Report on horse surra - Volume II, Part II
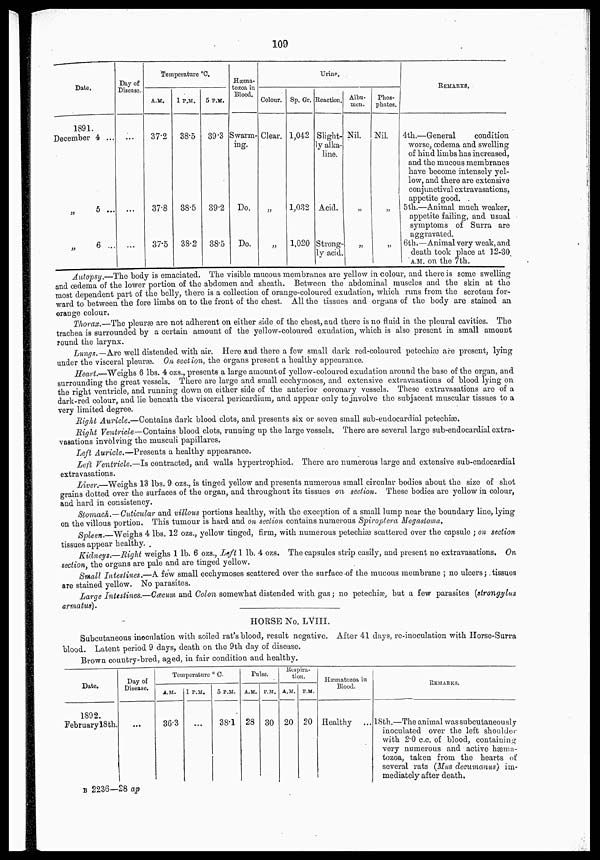
109
Date.
1891.
December 4 ...
„
5 ...
„
6 ...
Day of
Disease..
...
...
Temperature °C.
A.M.
37.2
37.8
37.5
1 P.M.
38.5
38.5
38.2
5 P.M.
39.3
39.2
38.5
Hæma-
tozoa in
Blood.
Swarm-
ing.
Do.
Do.
Urine.
Colour.
Clear.
„
„
Sp. Gr.
1,042
1,032
1,020
Reaction.
Slight-
ly alka-
line.
Acid.
Strong-
ly acid .
Albu-
men.
Nil.
„
„
Phos-
phates.
Nil.
„
„
REMARKS.
4th.—General
condition
worse, œdema and swelling
of hind limbs has increased,
and the mucous membranes
have become intensely yel-
low, and there are extensive
conjunctival extravasations,
appetite good.
5th.—Animal much weaker,
appetite failing, and usual
symptoms of Surra are
aggravated.
6th.—Animal very weak, and
death took place at 12-30
A.M. on the 7th.
Autopsy.—The body is emaciated. The visible mucous membranes are yellow in colour, and there is some swelling
and œdema of the lower portion of the abdomen and sheath. Between the abdominal muscles and the skin at the
most dependent part of the belly, there is a collection of orange-coloured exudation, which runs from the scrotum for-
ward to between the fore limbs on to the front of the chest. All the tissues and organs of the body are stained an
orange colour.
Thorax.—The pleuræ are not adherent on either side of the chest, and there is no fluid in the pleural cavities. The
trachea is surrounded by a certain amount of the yellow-coloured exudation, which is also present in small amount
round the larynx.
Lungs. —Are well distended with air. Here and there a few small dark red-coloured petechiæ are present, lying
under the visceral pleuræ. On section, the organs present a healthy appearance.
Heart.—Weighs 6 lbs. 4 ozs., presents a large amount of yellow-coloured exudation around the base of the organ, and
surrounding the great vessels. There are large and small ecchymoses, and extensive extravasations of blood lying on
the right ventricle, and running down on either side of the anterior coronary vessels. These extravasations are of a
dark-red colour, and lie beneath the visceral pericardium, and appear only to involve the subjacent muscular tissues to a
very limited degree.
Right Auricle.—Contains dark blood clots, and presents six or seven small sub-endocardial petechiæ.
Right Ventricle—Contains blood clots, running up the large vessels. There are several large sub-endocardial extra-
vasations involving the musculi papillares,
Left Auricle.—Presents a healthy appearance.
Left Ventricle.—Is contracted, and walls hypertrophied. There are numerous large and extensive sub-endocardial
extravasations.
Liver.—Weighs 13 lbs, 9 ozs., is tinged yellow and presents numerous small circular bodies about the size of shot
grains dotted over the surfaces of the organ, and throughout its tissues on section. These bodies are yellow in colour,
and hard in consistency.
Stomach.—Cuticular and villous portions healthy, with the exception of a small lump near the boundary line, lying
on the villous portion. This tumour is hard and on section contains numerous Spiroptera Megastoma.
Spleen.—Weighs 4 lbs. 12 ozs., yellow tinged, firm, with numerous petechiæ scattered over the capsule ; on section
tissues appear healthy.
Kidneys.—Right weighs 1 lb. 6 ozs., Left 1 lb. 4 ozs. The capsules strip easily, and present no extravasations. On
section, the organs are pale and are tinged yellow.
Small Intestines.—A few small ecchymoses scattered over the surface-of the mucous membrane ; no ulcers; tissues
are stained yellow. No parasites.
Large Intestines.—Cæcum and Colon somewhat distended with gas ; no petechiæ, but a few parasites (strongylus
armatus).
HORSE No. LVIII.
Subcutaneous inoculation with soiled rat's blood, result negative. After 41 days, re-inoculation with Horse-Surra
blood. Latent period 9 days, death on the 9th day of disease.
Brown country-bred, aged, in fair condition and healthy.
Date.
1892.
February l8th.
Day of
Disease.
....
Temperature ° C.
A.M.
36.3
P.M.
....
5 P.M.
38.1
Pulse.
A.M.
28
P.M.
30
Respira-
tion.
A.M.
20
P.M.
20
Hæmatozoa in
Blood.
Healthy
REMARKS.
18th.—The animal was subcutaneously
inoculated over the left shoulder
with 2.0 c.c. of blood, containing
very numerous and active hæma-
tozoa, taken from the hearts of
several rats (Mus decumanus) im-
mediately after death.
B 2236—28 ap